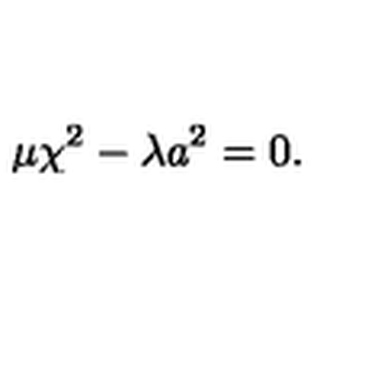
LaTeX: \mu \chi ^ { 2 } - \lambda a ^ { 2 } = 0 .